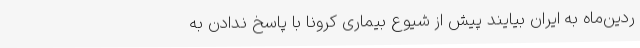
ردین‌ماه به ایران بیایند پیش از شیوع بیماری کرونا با پاسخ ندادن به